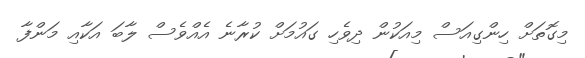
މިގޮތަށް ހިންގިއަސް މިއަކުން ދިވެހި ގައުމަށް ކުރާނެ އެއްވެސް ލާބަ އަކާއި މަންފާ